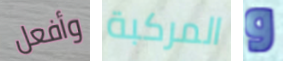
وأفعل المركبة و